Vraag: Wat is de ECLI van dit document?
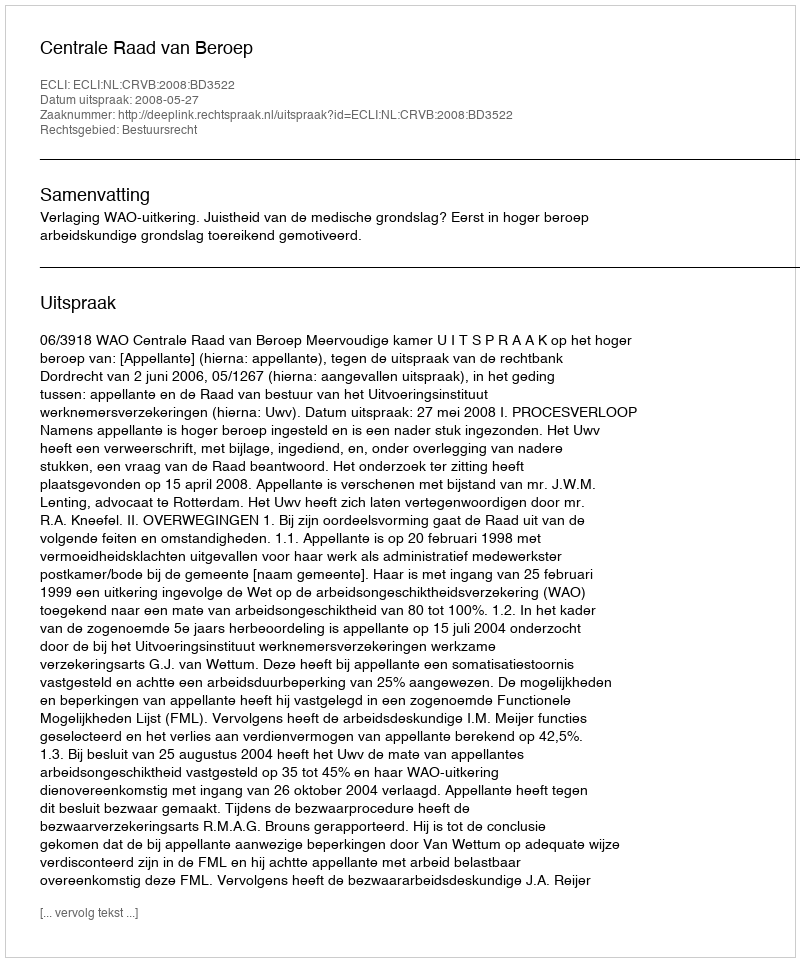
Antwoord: ECLI:NL:CRVB:2008:BD3522